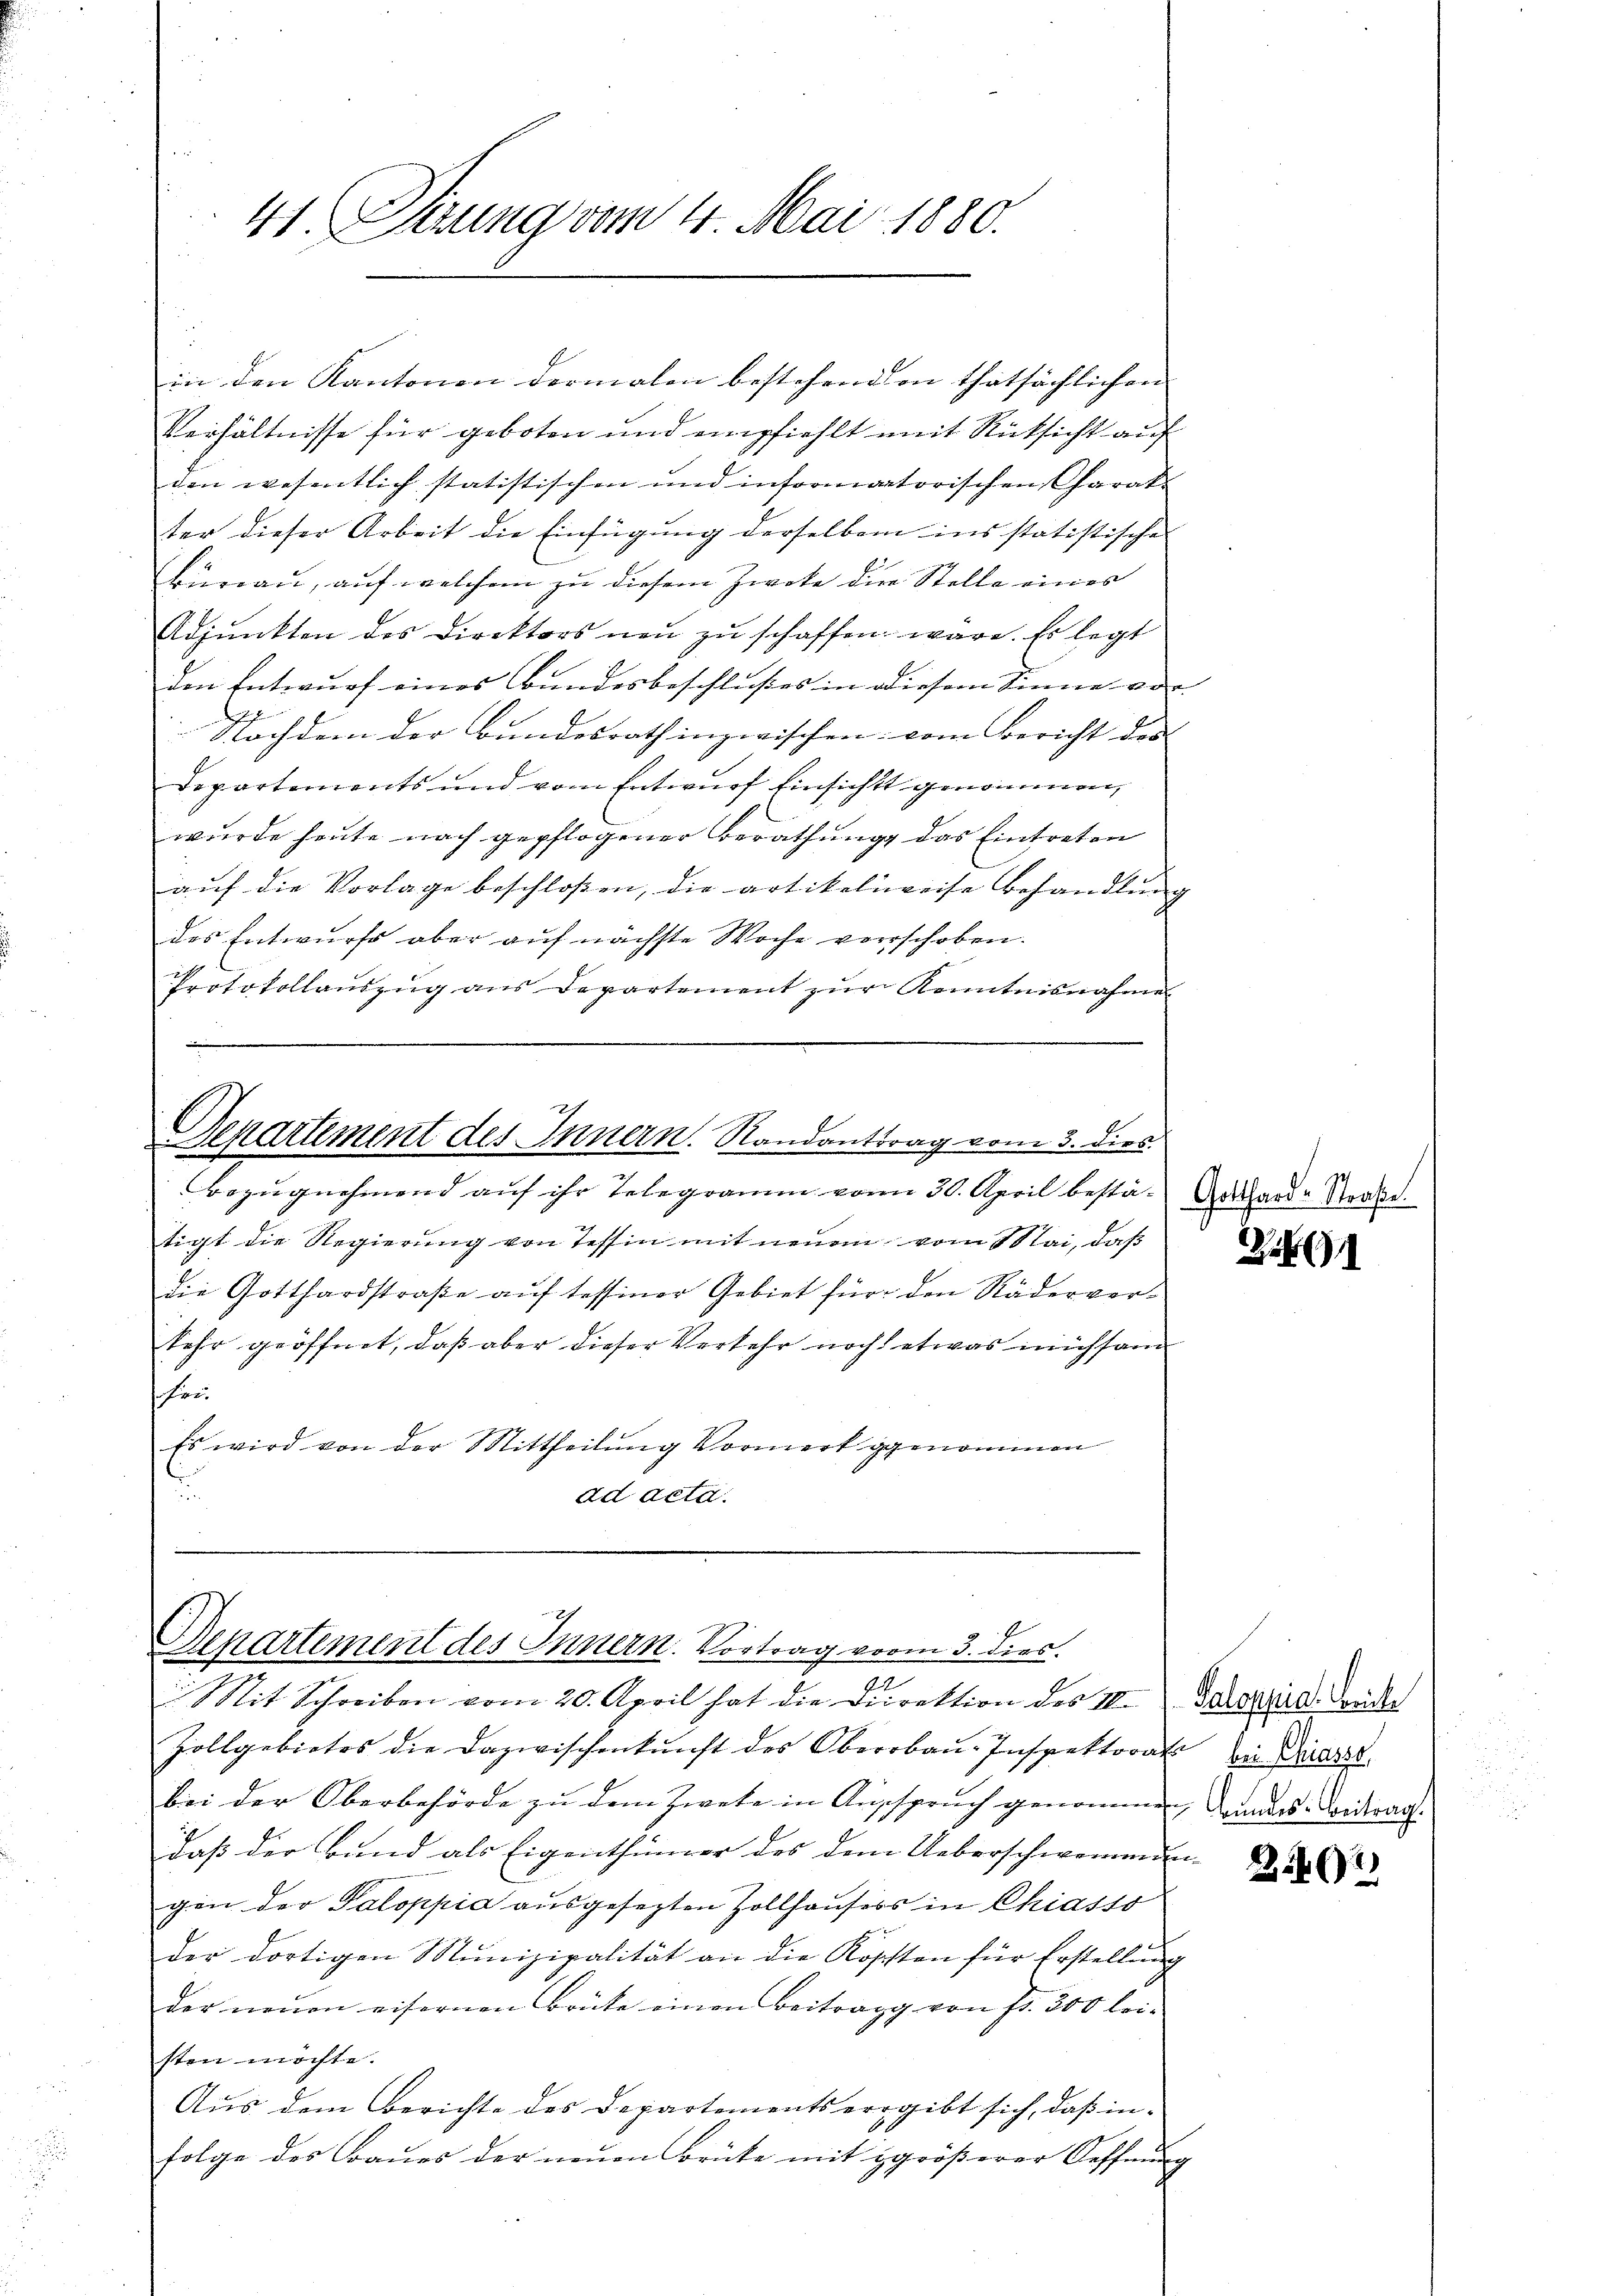
41. Sitzung vom 4. Mai 1880.

in den Kantonen dermalen bestehend in thatsächlichen |
Verhältnisse für geboten und empfiehlt mit Rücksicht auf
den wesentlich statistischen und informatorischen Charak- |
ter dieser Arbeit die Einfügung derselben ins statistische
Bureau, auf welchem zu diesem Zweke die Stelle eines
Adjunkten des Direktors neŭ zŭ schaffen wäre. Es legt
den Entwurf eines Bundesbeschlusses in diesem Sinne von |
Nachdem der Bundesrath inzwischen vom Bericht der
Departements und vom Entwurf Einsicht genommen,
wurde heute nach gepflogener Berathung das Eintreten
aŭf die Vorlage beschloßen, die artikelweise Behandlung
des Entwurfs aber aŭf nächste Woche verschoben.
Protokollaŭszŭg ans Departement zŭr Kenntnisnahme

Departement des Innern. Randantrag vom 3. dies

bezugnehmend auf ihr Telegramm vom 30. April bestätigt die Regierung von Tessin mit neuen vom Mai, daß
die Gotthardstraße auf tessiner Gebiet für den Räderverkehr geöffnet, daß aber dieser Verkehr noch etwas michsam
fru
Es wird von der Mittheilung Vormerk genommen
ad acta.

.
Departement des Innern. Vortrag vom 3. dies
n
Mit Schreiben vom 20. April hat die Direktion des II. Deraria, Tende

Gotthard-Straße.

Zollgebietes die Dazwischenkunft des Oberbau-Inspektorat bin Driess.
bei der Oberbehörde zu dem Zweke in Ausspruch genommen, andes Widerach.
daß der Bund als Eigenthümer des dem Ueberschwommenden- |
gen der Saloppia ausgesezten Zollhausers in Chiasso
der dortigen Munizipalität an die Köpften für Erstellung
der neŭen eisernen Brücke einen Beitrag von fr. 200 lei-
sten möchte.
Aus dem Berichte des Departements ergibt sich, daß in¬
Folge des Baues der neuen Brüte mit größerer Oeffnung |

1

2267